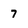
Character: 7